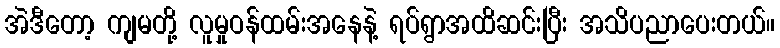
အဲဒီတော့ ကျမတို့ လူမှုဝန်ထမ်းအနေနဲ့ ရပ်ရွာအထိဆင်းပြီး အသိပညာပေးတယ်။